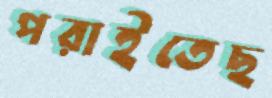
পরাইতেছ